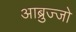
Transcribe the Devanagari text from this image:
आब्रुज्जो